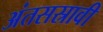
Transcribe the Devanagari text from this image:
अंतसस्रावी